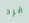
فرد